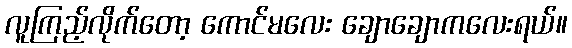
လူကြည့်လိုက်တော့ ကောင်မလေး ချောချောကလေးရယ်။